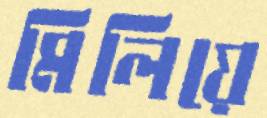
মিলিয়ে